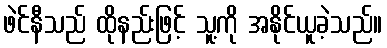
ဖဲင်နီသည် ထိုနည်းဖြင့် သူ့ကို အနိုင်ယူခဲ့သည်။